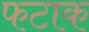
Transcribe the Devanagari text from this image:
फटाक